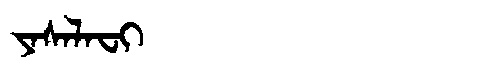
Manchu: ᠶᠠᠰᠠᠯᠠᠸᡳ
Romanization: YASALAFI